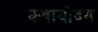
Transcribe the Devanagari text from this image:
कषायोदय